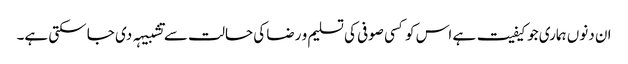
ان دنوں ہماری جو کیفیت ہے اس کو کسی صوفی کی تسلیم و رضا کی حالت سے تشبیہہ دی جا سکتی ہے۔